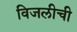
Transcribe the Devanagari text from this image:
विजलीची